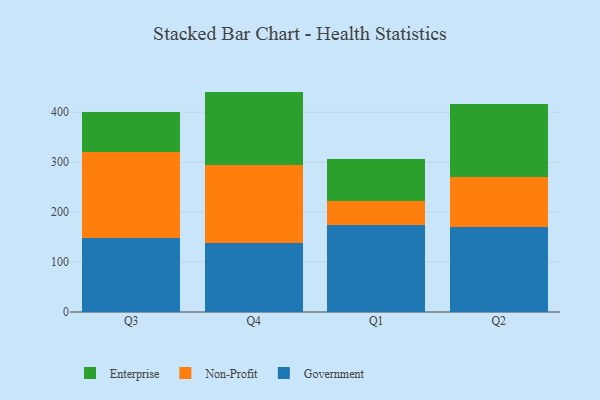
{"axis": {"x": "Quarter", "y": "Market Share (%)"}, "legend": ["Enterprise", "Government", "Non-Profit"], "data": [{"x": "Q3", "y": 148.6, "type": "Government"}, {"x": "Q3", "y": 171.7, "type": "Non-Profit"}, {"x": "Q3", "y": 79.9, "type": "Enterprise"}, {"x": "Q4", "y": 137.9, "type": "Government"}, {"x": "Q4", "y": 155.6, "type": "Non-Profit"}, {"x": "Q4", "y": 147.8, "type": "Enterprise"}, {"x": "Q1", "y": 173.6, "type": "Government"}, {"x": "Q1", "y": 48.9, "type": "Non-Profit"}, {"x": "Q1", "y": 83.1, "type": "Enterprise"}, {"x": "Q2", "y": 170.0, "type": "Government"}, {"x": "Q2", "y": 101.2, "type": "Non-Profit"}, {"x": "Q2", "y": 144.3, "type": "Enterprise"}]}